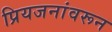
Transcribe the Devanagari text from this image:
प्रियजनांवरून